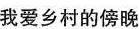
我爱乡村的傍晚